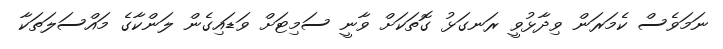
ނަމަވެސް ކެމަރަން ވިދާޅުވީ ރަނގަޅު ގޮތަކަށް ވާނީ ސަމިޓަށް ވަޑައިގެން ލަންކާގެ މައްސަލަތަކާ